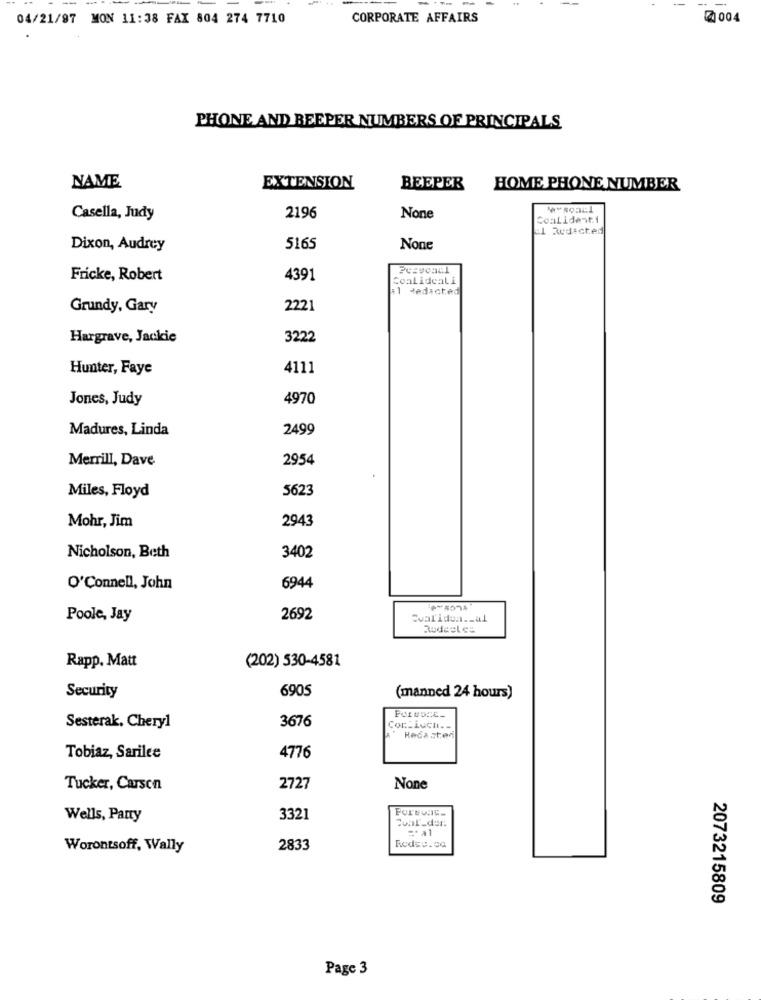
04/21/97 MON 11:38 FAX 804 274 7710
CORPORATE AFFAIRS
2004
PHONE AND BEEPER NUMBERS OF PRINCIPALS
NAME
EXTENSION
BEEPER
HOME PHONE NUMBER
Casella, Judy
2196
Coalident.1
:1 Redacted
Dixon, Audrey
5165
Fricke, Robert
4391
Coalideali
+1 dedicted
Grundy, Gary
2221
Hargrave, Jackie
3222
Hunter, Faye
4111
Jones, Judy
4970
Madures, Linda
2499
Merrill, Dave
2954
Miles, Floyd
5623
2943
Mohr, Jim
3402
Nicholson, Beth
O'Connell, John
6944
Poole, Jay
2692
Cvalidon __ al
Rodeel ca
Rapp. Matt
(202) 530-4581
6905
Security
(manned 24 hours)
3676
Sesterak. Cheryl
Cor_Lucht ..
A" Recasted
Tobiaz, Sarilee
4776
Tucker, Carson
2727
Wells, Panty
3321
=* a1
Worontsoff, Wally
2833
Rodse.ca
2073215809
Page 3